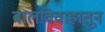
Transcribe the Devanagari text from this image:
बालविवाहातून